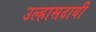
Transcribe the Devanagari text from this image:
उल्हासदायी